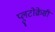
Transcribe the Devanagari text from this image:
प्लूटोक्रेसी